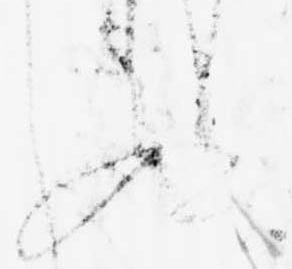
ぬ